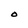
Character: O